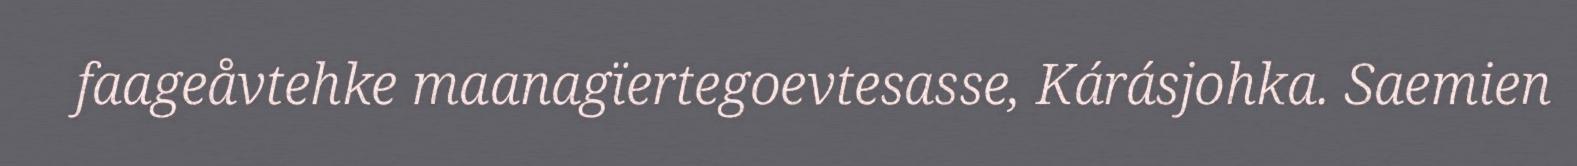
faageåvtehke maanagïertegoevtesasse, Kárásjohka. Saemien